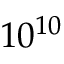
1 0 ^ { 1 0 }